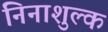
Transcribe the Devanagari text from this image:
निनाशुल्क